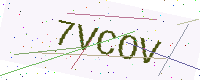
Text: 7VCOV